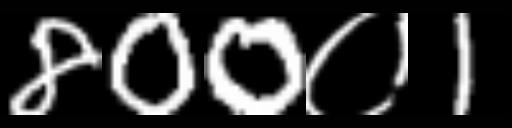
Text: 800०1